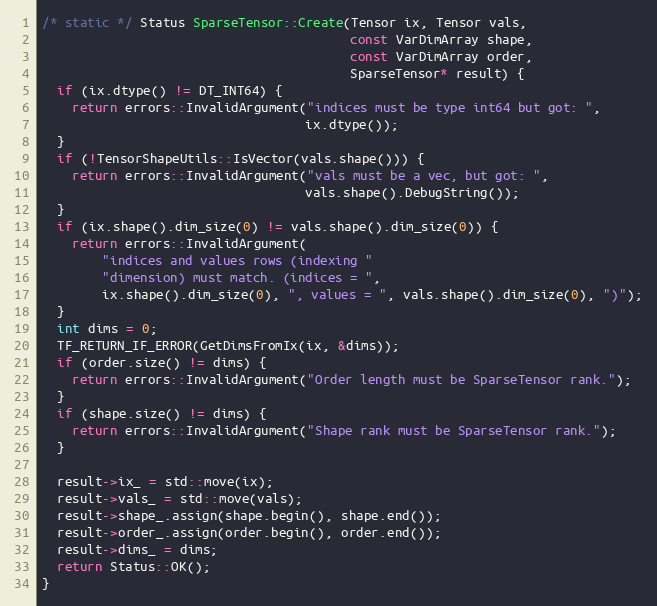
Language: C++
/* static */ Status SparseTensor::Create(Tensor ix, Tensor vals,
                                         const VarDimArray shape,
                                         const VarDimArray order,
                                         SparseTensor* result) {
  if (ix.dtype() != DT_INT64) {
    return errors::InvalidArgument("indices must be type int64 but got: ",
                                   ix.dtype());
  }
  if (!TensorShapeUtils::IsVector(vals.shape())) {
    return errors::InvalidArgument("vals must be a vec, but got: ",
                                   vals.shape().DebugString());
  }
  if (ix.shape().dim_size(0) != vals.shape().dim_size(0)) {
    return errors::InvalidArgument(
        "indices and values rows (indexing "
        "dimension) must match. (indices = ",
        ix.shape().dim_size(0), ", values = ", vals.shape().dim_size(0), ")");
  }
  int dims = 0;
  TF_RETURN_IF_ERROR(GetDimsFromIx(ix, &dims));
  if (order.size() != dims) {
    return errors::InvalidArgument("Order length must be SparseTensor rank.");
  }
  if (shape.size() != dims) {
    return errors::InvalidArgument("Shape rank must be SparseTensor rank.");
  }

  result->ix_ = std::move(ix);
  result->vals_ = std::move(vals);
  result->shape_.assign(shape.begin(), shape.end());
  result->order_.assign(order.begin(), order.end());
  result->dims_ = dims;
  return Status::OK();
}